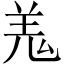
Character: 羗